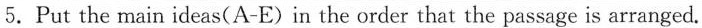
5.Put the main ideas(A-E) in the order that the passage is arranged.